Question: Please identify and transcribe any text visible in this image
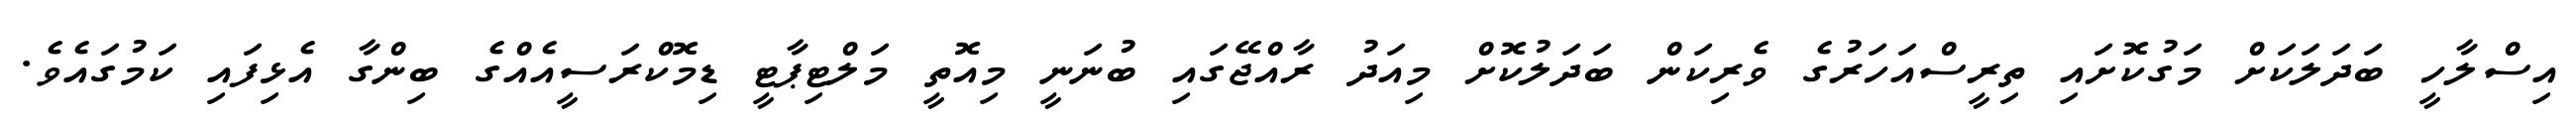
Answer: އިސްލާހީ ބަދަލަކަށް މަގުކޮށައި ތިރީސްއަހަރުގެ ވެރިކަން ބަދަލުކޮށް މިއަދު ރާއްޖޭގައި ބުނަނީ މިއޮތީ މަލްޓިޕާޓީ ޑިމޮކްރަސީއެއްގެ ބިންގާ އެޅިފައި ކަމުގައެވެ.